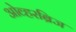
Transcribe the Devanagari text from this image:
ओव्हरब्रिज